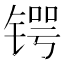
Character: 锷